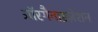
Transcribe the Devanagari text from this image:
ऑरगैनाइज़ेशन